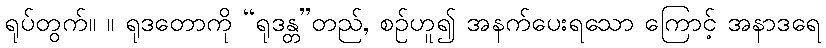
ရုပ်တွက်။ ။ ရုဒတောကို “ရုဒန္တ”တည်, စဉ်ဟူ၍ အနက်ပေးရသော ကြောင့် အနာဒရေ